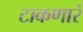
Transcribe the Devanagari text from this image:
टाकणारं